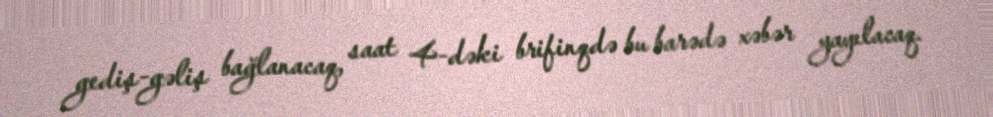
gediş-gəliş bağlanacaq, saat 4-dəki brifinqdə bu barədə xəbər yayılacaq.